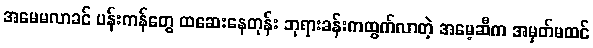
အမေမလာခင် ပန်းကန်တွေ ထဆေးနေတုန်း ဘုရားခန်းကထွက်လာတဲ့ အမေ့ဆီက အမှတ်မထင်